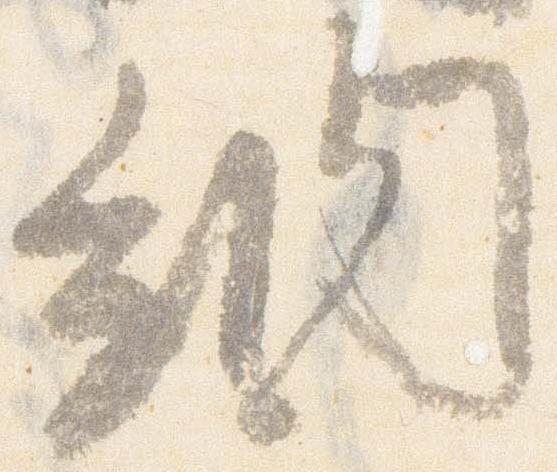
納